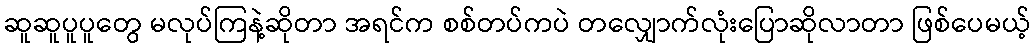
ဆူဆူပူပူတွေ မလုပ်ကြနဲ့ဆိုတာ အရင်က စစ်တပ်ကပဲ တလျှောက်လုံးပြောဆိုလာတာ ဖြစ်ပေမယ့်